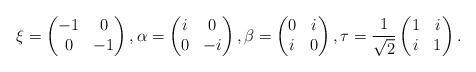
LaTeX: \begin{align*}\xi=\begin{pmatrix} -1 & 0 \\ 0 & -1 \end{pmatrix}, \alpha=\begin{pmatrix} i & 0 \\ 0 & -i \end{pmatrix}, \beta=\begin{pmatrix} 0 & i \\ i & 0 \end{pmatrix}, \tau=\dfrac{1}{\sqrt{2}} \begin{pmatrix} 1 & i \\ i & 1\end{pmatrix}.\end{align*}